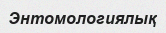
Энтомологиялық